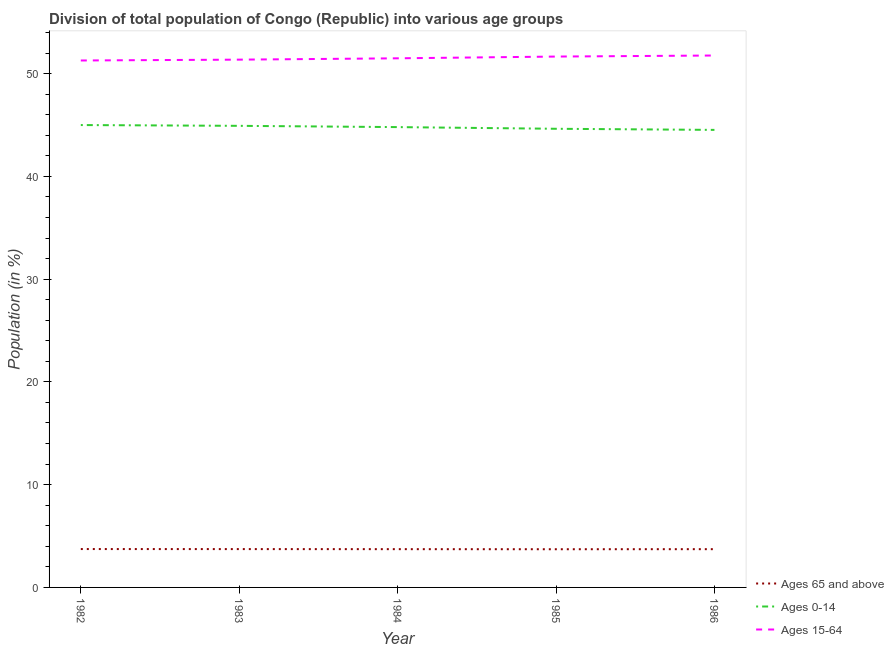
| Year | Ages 65 and above | Ages 0-14 | Ages 15-64 |
 | --- | --- | --- | --- |
 | 1982 | 3.73 | 45 | 51.3 |
 | 1983 | 3.73 | 44.9 | 51.4 |
 | 1984 | 3.72 | 44.8 | 51.5 |
 | 1985 | 3.72 | 44.6 | 51.7 |
 | 1986 | 3.72 | 44.5 | 51.8 |